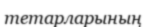
тетарларының